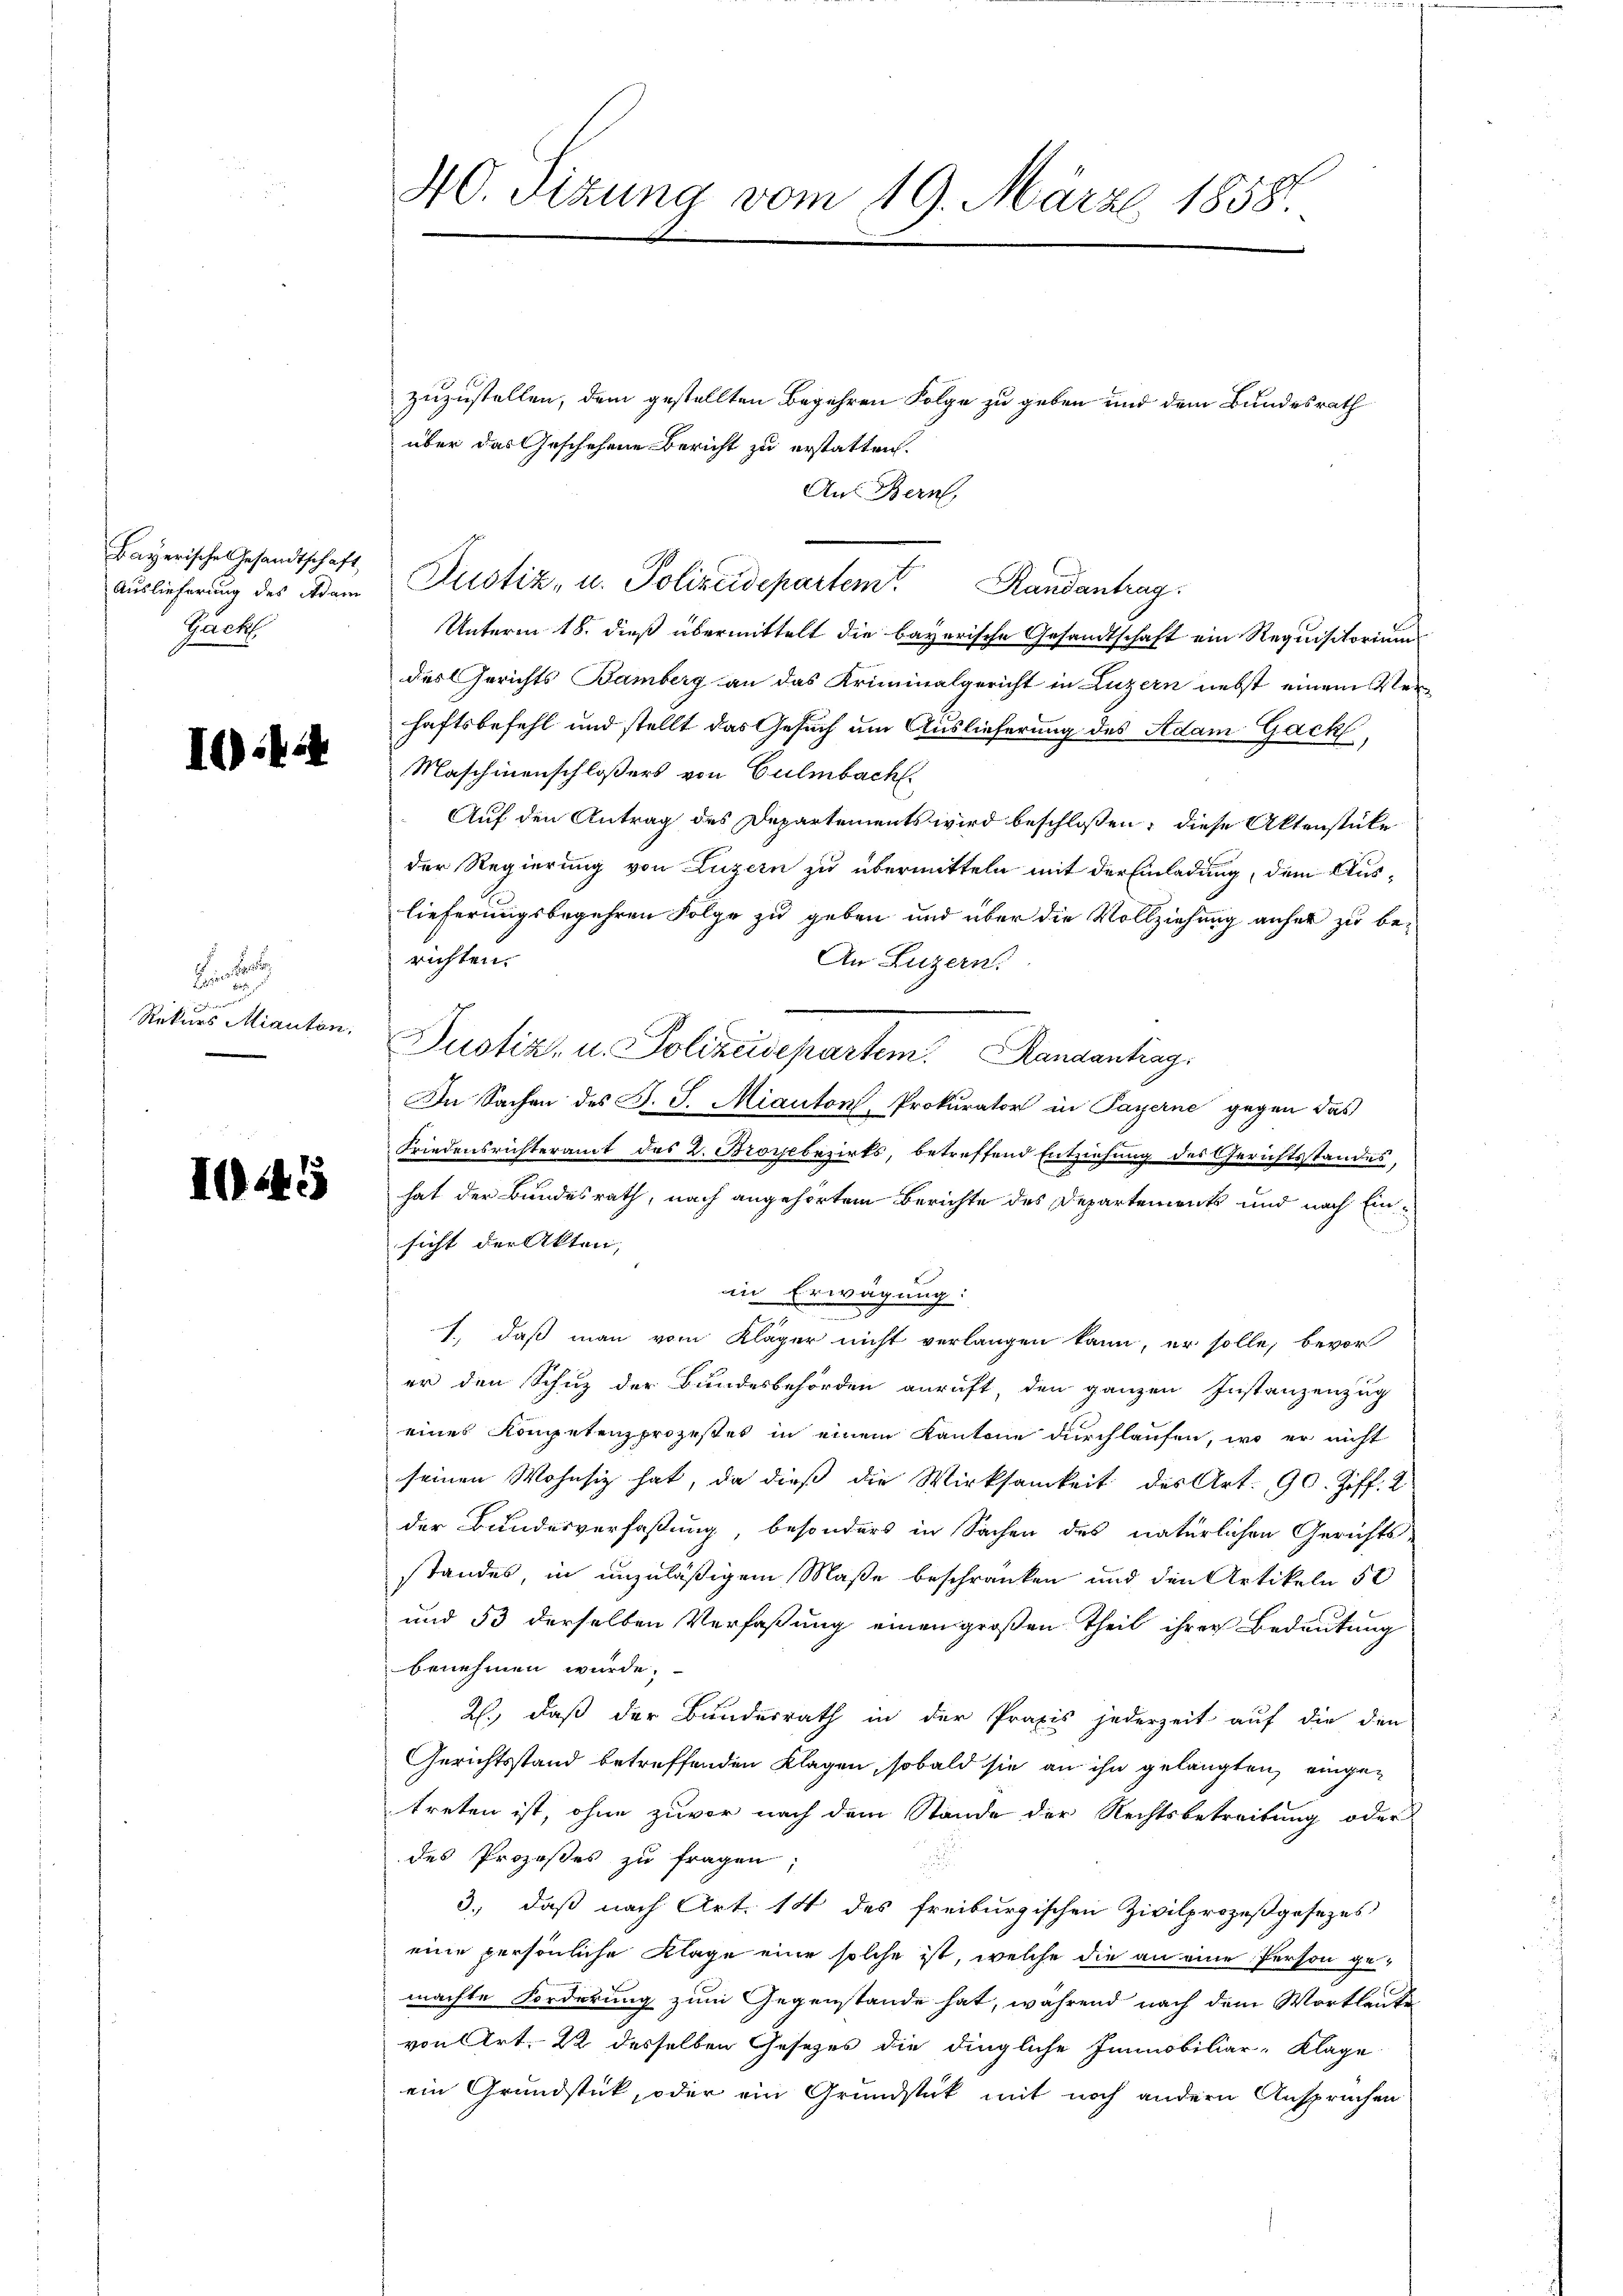
Bayerische Gesandtschaft,
Auslieferung des Adam
Pack

I.444

.

ihe werdend
Rekurs Mianten,

I445

40. Sizung vom 19. März 1858.

zuzustellen, dem gestellten Begehren Folge zu geben und dem Bundesrath
über das Geschehene Bericht zu erstatten.
Aus Bern,
Justiz- u. Polizeidepartem Randantrag
Unterm 18. dieß übermittelt die bayerische Gesandtschaft ein Requisitoriums
des Gerichts Bamberg an das Kriminalgericht in Luzern nebst einem Verhaftsbefehl und stellt das Gesuch um Auslieferung des Adam Gack
Maschinenschloßers von Culmbach.
Auf den Antrag des Departements wird beschlossen; diese Aktenstücke
der Regierung von Luzern zu übermitteln mit der Einladung, dem Aus-
lieferungsbegehren Folge zu geben und über die Vollziehung anher zu be-
richten.
An Luzern.
Justiz- u. Polizeidepartem Randantrag
In Sachen des S. S. Miauton Prokurator in Payerne gegen das
Friedensrichteramt des L. Brozbezirks, betreffend Entziehung des Gerichtsstandes,
hat der Bundesrath, nach angehörtem Berichte des Departements und nach Einsicht der Akten,
in Erwägung:
1., daß man vom Kläger nicht verlangen kann, er solle, bevor
er den Schuz der Bundesbehörden anruft, den ganzen Instanzenzug
eines Kompetenzprozesses in einem Kantone durchlaufen, wo er nicht
seinen Wohnsiz hat, da dieß die Wirksamkeit des Art. 90. Ziff. 2
der Bundesverfaßung besonders in Sachen des natürlichen Gerichts
standes, in unzuläßigem Maße beschränken und den Artikeln 52
und 53 derselben Verfaßung einen großen Theil ihrer Bedeutung
benehmen wurde.
R., daß der Bundesrath in der Praxis jederzeit auf die den
Gerichtsstand betreffenden Klagen, sobald sie an ihn gelangten, eingetreten ist, ohne zuvor nach dem Stande der Rechtsbetreitung oder
des Prozeßes zu fragen.
3., daß nach Art. 14 des freiburgischen Zivilprozeßgesezes
eine persönliche Klage eine solche ist, welche die an eine Person gemachte Forderung zum Gegenstande hat, während nach dem Wortlaute
von Art. 22 desselben Gesetzes die dingliche Immobiliar-Klage
ein Grundstück, oder ein Grundstück mit noch andern Anspruchen